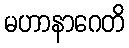
မဟာနာဂေတိ